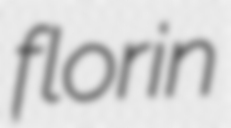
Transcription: florin